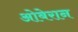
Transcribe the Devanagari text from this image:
ओबेरान